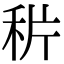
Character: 𥞄